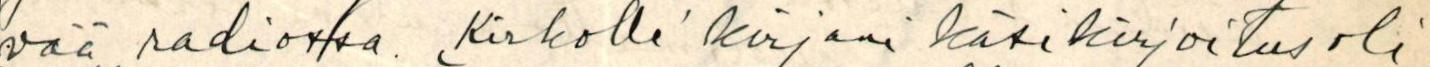
vää radiossa. ,Kirkolle' kirjani käsikirjoitus oli